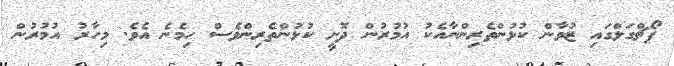
ޕޯޗްގަލްގައި ޒުވާން ކުޅުންތެރިންނާއެކު އުމުރުން ދޮށީ ކުޅުންތެރިންވެސް ހިމެނެ އެވެ. މިހާރު އުމުރުން